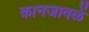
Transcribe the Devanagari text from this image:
कानजावळें